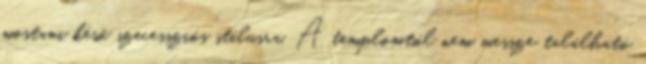
mostani késő szecessziós stílusra. A templomtól nem messze található